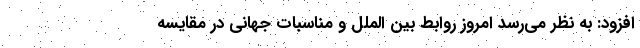
افزود: به نظر می‌رسد امروز روابط بین الملل و مناسبات جهانی در مقایسه